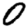
Digit: 0